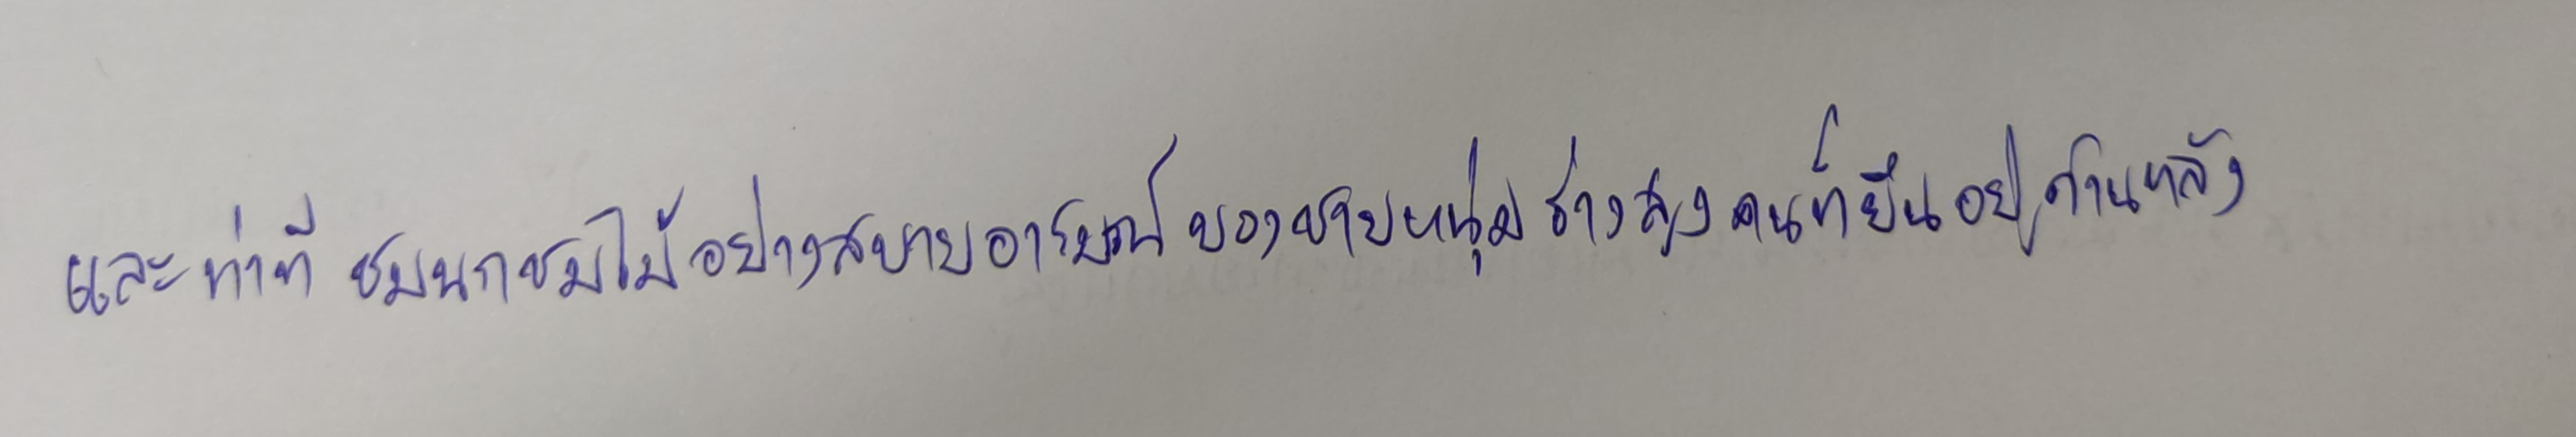
และท่าทีชมนกชมไม้อย่างสบายอารมณ์ของชายหนุ่มร่างสูงคนที่ยืนอยู่ด้านหลัง